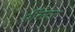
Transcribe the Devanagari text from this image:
प्रींसटन